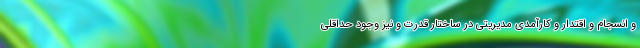
و انسجام و اقتدار و کارآمدی مدیریتی در ساختار قدرت و نیز وجود حداقلی